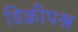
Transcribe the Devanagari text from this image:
डिक्रीपश्न